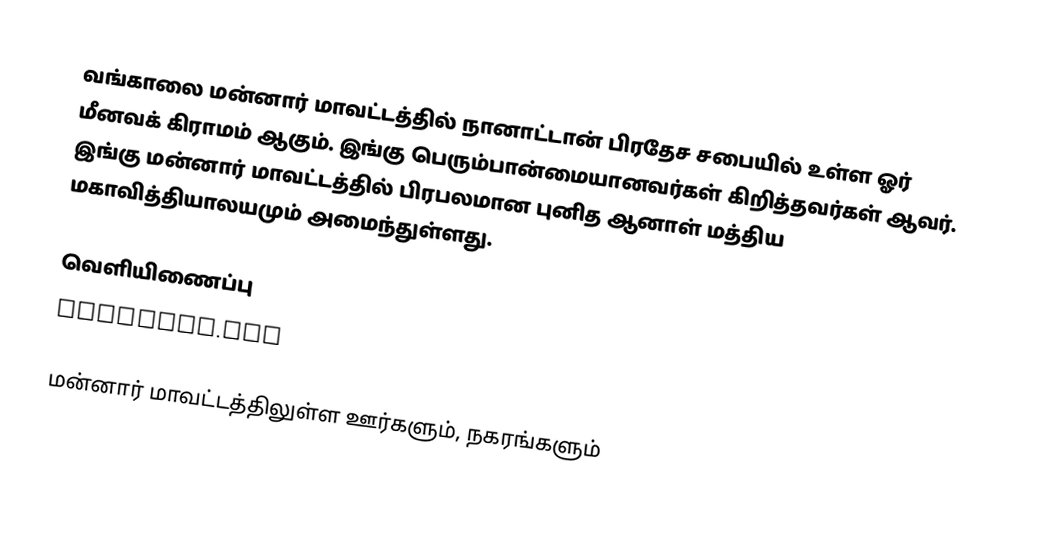
வங்காலை மன்னார் மாவட்டத்தில் நானாட்டான் பிரதேச சபையில் உள்ள ஓர் மீனவக் கிராமம் ஆகும். இங்கு பெரும்பான்மையானவர்கள் கிறித்தவர்கள் ஆவர். இங்கு மன்னார் மாவட்டத்தில் பிரபலமான புனித ஆனாள் மத்திய மகாவித்தியாலயமும் அமைந்துள்ளது.

வெளியிணைப்பு
 vankalai.com

மன்னார் மாவட்டத்திலுள்ள ஊர்களும், நகரங்களும்